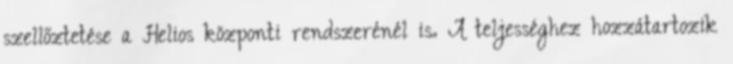
szellőztetése a Helios központi rendszerénél is. A teljességhez hozzátartozik